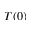
T ( 0 )